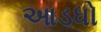
આડધો